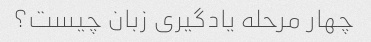
چهار مرحله یادگیری زبان چیست؟